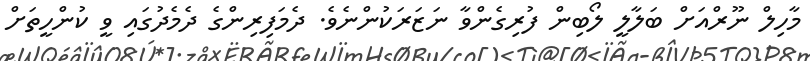
މާހިލް ނޫރްއަށް ބަލާލީ ލޯބިން ފުރިގެންވާ ނަޒަރަކުންނެވެ. ދެމަފިރިންގެ ދެމެދުގައި ވީ ކުންހީތަށް